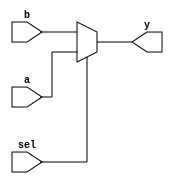
`timescale 1ns / 1ps

////////////////////////////////////////////////////////////////////////////////
// Company:       Universidad Nacional de Cordoba
//                Nicolas Quinteros Castilla
//
// Module Name:   ALU_MUX
// Project Name:  MIPS
// Description:   MIPS 2-to-1 32-bit MUX implementation in verilog.
//
// Dependencies:  None
//
////////////////////////////////////////////////////////////////////////////////

module ALU_MUX(
    input [31:0] a,
    input [31:0] b,
    input sel,
    output [31:0] y);
	// If y = 1, select a; otherwise, select b.
	assign y = sel ? a : b;
endmodule